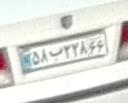
۵۸ب۲۲۸۶۶